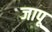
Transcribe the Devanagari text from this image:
जापू